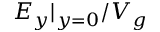
E _ { y } | _ { y = 0 } / V _ { g }